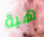
هبة